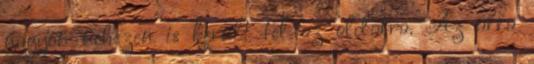
nagyon nehezen is került fel az oldalra. Az arra